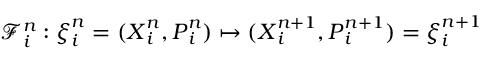
\mathcal { F } _ { i } ^ { n } : \ensuremath { \boldsymbol { \xi } } _ { i } ^ { n } = ( \ensuremath { \boldsymbol { X } } _ { i } ^ { n } , \ensuremath { \boldsymbol { P } } _ { i } ^ { n } ) \mapsto ( \ensuremath { \boldsymbol { X } } _ { i } ^ { n + 1 } , \ensuremath { \boldsymbol { P } } _ { i } ^ { n + 1 } ) = \ensuremath { \boldsymbol { \xi } } _ { i } ^ { n + 1 }